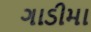
ગાડીમા